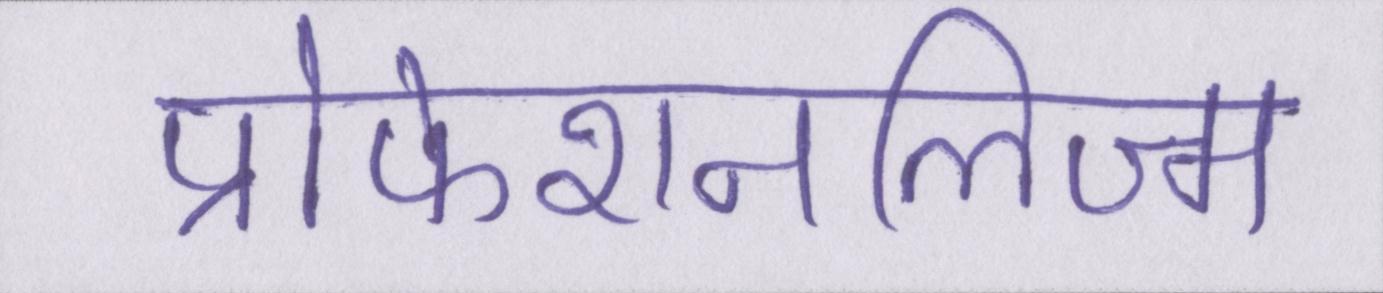
प्रोफेशनलिज्म